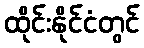
ထိုင်းနိုင်ငံတွင်